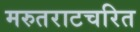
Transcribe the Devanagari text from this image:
मरुतराटचरित